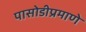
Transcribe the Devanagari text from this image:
पासोडीप्रमाणे